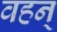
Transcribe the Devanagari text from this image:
वहन्